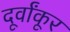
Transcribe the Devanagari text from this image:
दूर्वांकूर